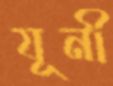
যূনী